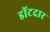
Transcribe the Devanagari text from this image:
डॉटदार